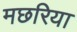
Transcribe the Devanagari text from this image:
मछरिया